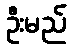
ဦးမည်